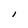
Character: l